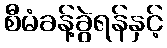
စီမံခန့်ခွဲရန်နှင့်